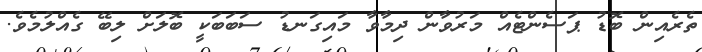
ތެރެއިން ބޮޑު ޕަސެންޓެއް މަރުވާން ދިމާވާ މައިގަނޑު ސަބަބަކީ ބޮލަށް ލިބޭ ގެއްލުމެވެ.